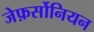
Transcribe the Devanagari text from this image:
जेफ़र्सोनियन